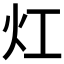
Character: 灴